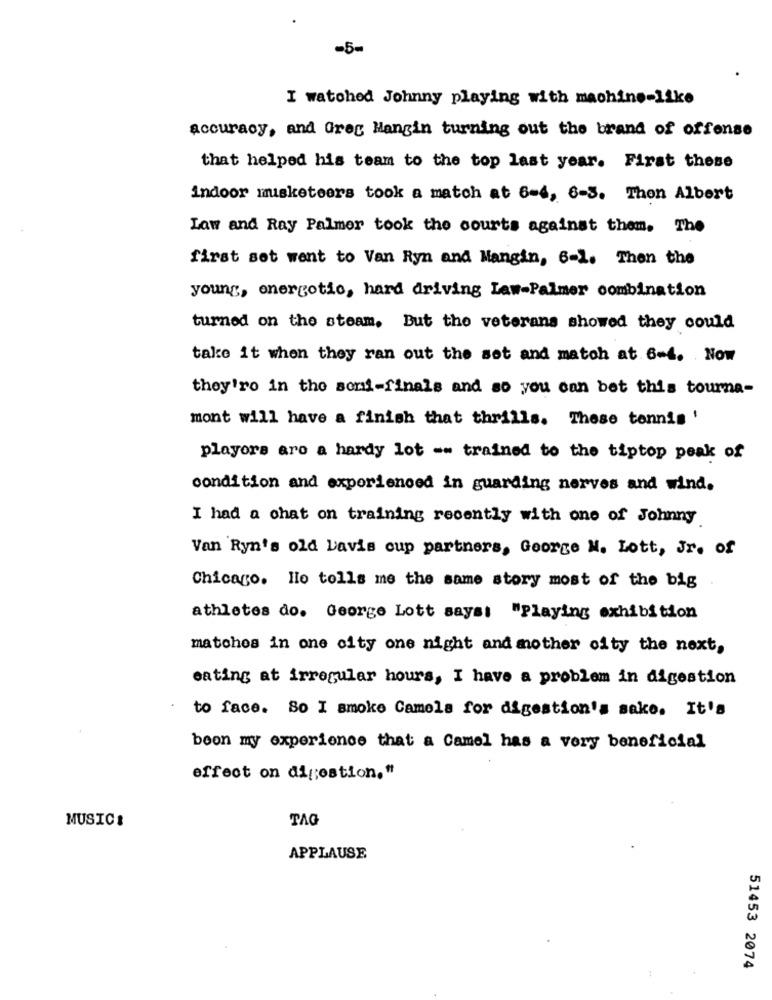
-5-
I watched Johnny playing with machine-like
accuracy, and Greg Hangin turning out the brand of offense
that helped his team to the top last year. First these
indoor musketeers took a match at 6-4, 6-3. Then Albert
Law and Ray Palmer took the courts against them. The
first set went to Van Ryn and Mangin, 6-1. Then the
young, onergotio, hard driving Law-Palmer combination
turned on the steam. But the veterans showed they could
take it when they ran out the set and match at 6-4. Now
they'ro in the semi-finals and so you can bet this tourna-
mont will have a finish that thrills. These tennis '
playors aro a hardy lot -- trained to the tiptop peak of
condition and experienced in guarding nerves and wind.
I had a chat on training recently with one of Johnny
Van Ryn's old Davis cup partners, George M. Lott, Jr. of
Chicago. Ho tells me the same story most of the big
athletes do. George Lott says: "Playing exhibition
matches in one city one night and mother city the next,
eating at irregular hours, I have a problem in digestion
to face. So I smoke Camels for digestion's sake. It's
boon my experience that a Camel has a very beneficial
effect on digestion."
MUSIC:
TAG
APPLAUSE
:
51453 2074